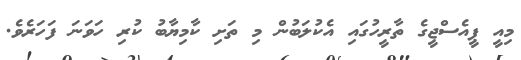
މިއީ ޕީއެސްޖީގެ ތާރީހުގައި އެކުލަބުން މި ތަށި ކާމިޔާބު ކުރި ހަވަނަ ފަހަރެވެ.